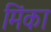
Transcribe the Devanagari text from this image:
मिंका